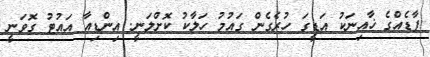
ފާޑެއްގެ ޚާއިނަކު އަޑީގަ ހުރެގެން ގައުމު ހަލާކު ކޮށްލަނީ. އިންޑިއާ އައުޓު ގޮވަނީ